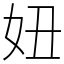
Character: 妞